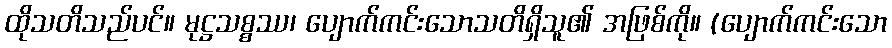
ထိုသတိသည်ပင်။ မုဋ္ဌသစ္စဿ၊ ပျောက်ကင်းသောသတိရှိသူ၏ အဖြစ်ကို။ (ပျောက်ကင်းသော